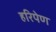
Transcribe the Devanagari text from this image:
हरिपेण